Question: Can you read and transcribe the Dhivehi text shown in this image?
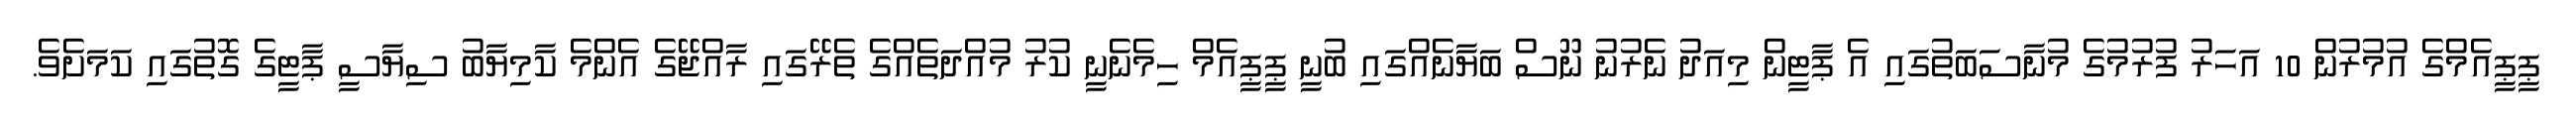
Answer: ޕީޕީއެމްގެ އުމުރުން 10 އަހަރު ފުރުމުގެ މުނާސަބަތުގައި އެ ޕާޓީން މިއަދު ނެރުނު ނޫސް ބަޔާނެއްގައި ބުނީ ޕީޕީއެމް ހިމެނެނީ ކުރު މުއްދަތެއްގެ ތެރޭގައި ރާއްޖޭގެ އެންމެ ކާމިޔާބު ސިޔާސީ ޕާޓީގެ ގޮތުގައި ކަމަށެވެ.